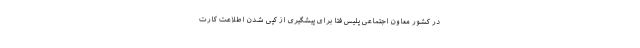
در کشور معاون اجتماعی پلیس فتا برای پیشگیری از کپی شدن اطلاعت کارت